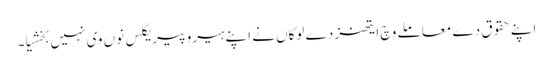
اپنے حقوق دے معاملے وچ ایتھنز دے لوکاں نے اپنے ہیرو پیریکلس نوں وی نہیں بخشیا۔